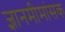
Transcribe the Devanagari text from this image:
ज्ञानमीमांसक